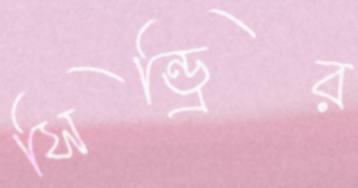
সিন্ড্রির